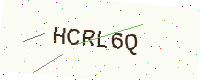
Text: HCRL6Q